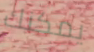
يمكنك